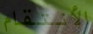
الأنتقام